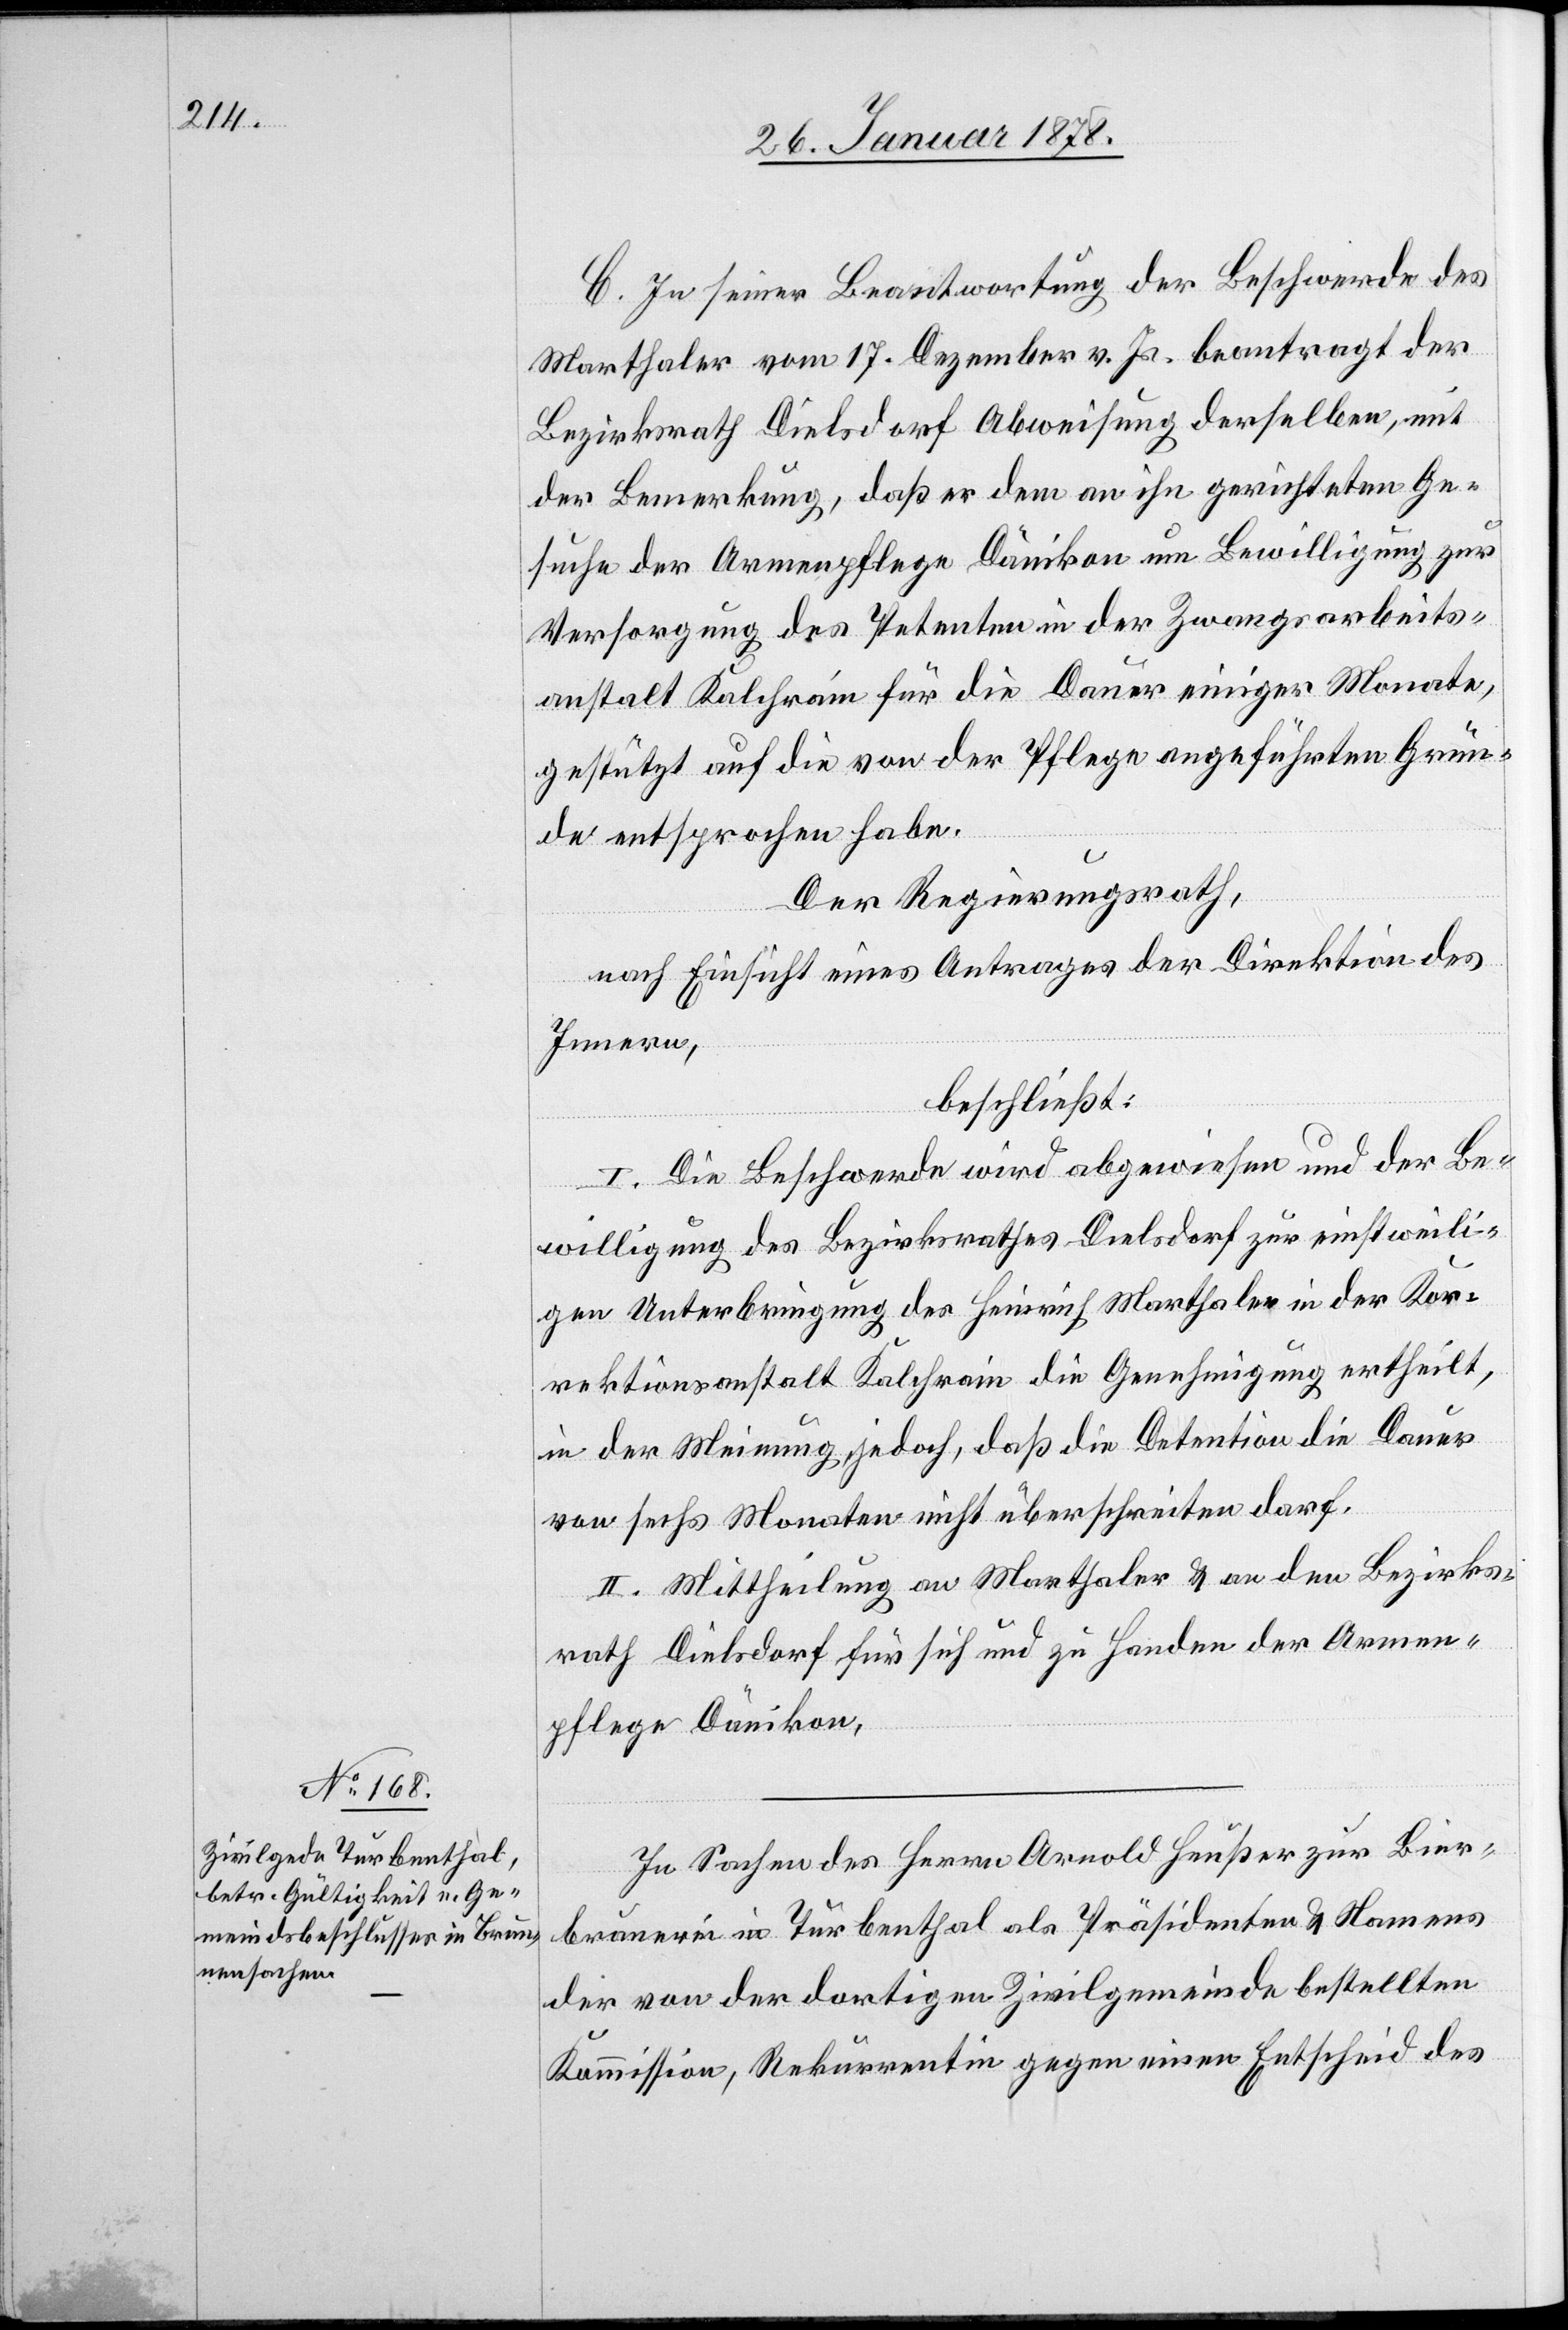
C. In seiner Beantwortung der Beschwerde des
Marthaler vom 17. Dezember v. Js. beantragt der
Bezirksrath Dielsdorf Abweisung derselben, mit
der Bemerkung, daß er dem an ihn gerichteten Ge¬
such der Armenpflege Dänikon um Bewilligung zur
Versorgung des Petenten in der Zwangsarbeits¬
anstalt Kalchrain für die Dauer einiger Monate,
gestützt auf die von der Pflege angeführten Grün¬
de entsprochen habe.
Der Regierungsrath,
nach Einsicht eines Antrages der Direktion des
Innern,
beschließt:
I. Die Beschwerde wird abgewiesen und der Be¬
willigung des Bezirksrathes Dielsdorf zur einstweili¬
gen Unterbringung des Heinrich Marthaler in der Kor¬
rektionsanstalt Kalchrain die Genehmigung ertheilt,
in der Meinung jedoch, daß die Detention die Dauer
von sechs Monaten nicht überschreiten darf.
II. Mittheilung an Marthaler & an den Bezirks¬
rath Dielsdorf für sich und zu Handen der Armen¬
pflege Dänikon.
In Sachen des Herrn Arnold Heußer zur Bier¬
brauerei in Turbenthal als Präsidenten & Namens
der von der dortigen Zivilgemeinde bestellten
Kommission, Rekurrentin gegen einen Entscheid des